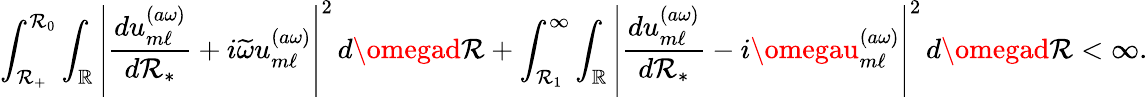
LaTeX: \int_{\mathcal{R}_{+}}^{\mathcal{R}_{0}}\int_{\mathbb{{R}}}\left|\frac{{du_{m\ell}^{(a\omega)}}}{{d\mathcal{R}_{*}}}+i\widetilde{{\omega}}u_{m\ell}^{(a\omega)}\right|^{2}\, d\omegad\mathcal{R}+\int_{\mathcal{R}_{1}}^{\infty}\int_{\mathbb{{R}}}\left|\frac{{du_{m\ell}^{(a\omega)}}}{{d\mathcal{R}_{*}}}-i\omegau_{m\ell}^{(a\omega)}\right|^{2}\, d\omegad\mathcal{R}<\infty.